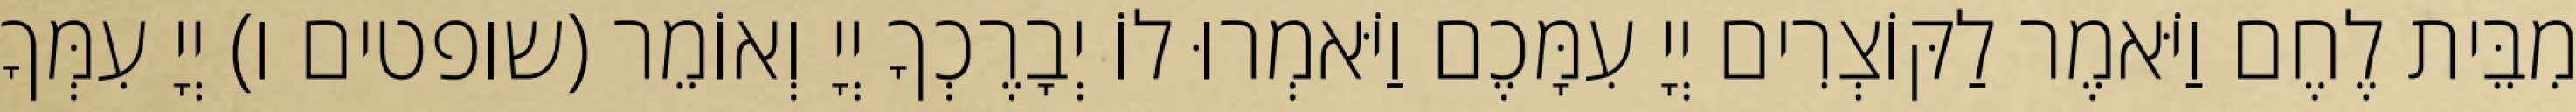
מִבֵּית לֶחֶם וַיֹּאמֶר לַקּוֹצְרִים יְיָ עִמָּכֶם וַיֹּאמְרוּ לוֹ יְבָרֶכְךָ יְיָ וְאוֹמֵר (שופטים ו) יְיָ עִמְּךָ